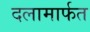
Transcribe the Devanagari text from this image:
दलामार्फत